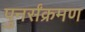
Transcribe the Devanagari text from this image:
पुनर्संक्रमण